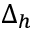
\Delta _ { h }